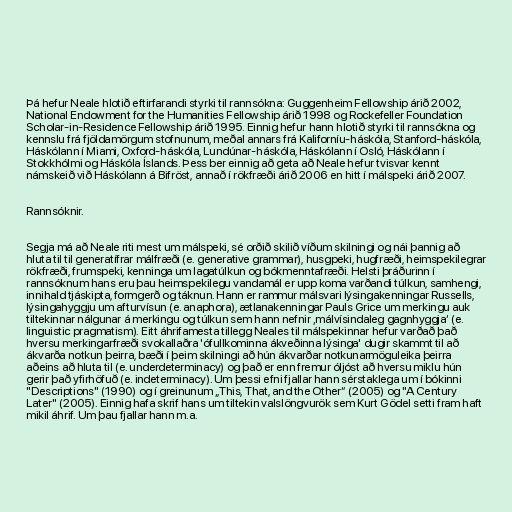
Þá hefur Neale hlotið eftirfarandi styrki til rannsókna: Guggenheim Fellowship árið 2002,
National Endowment for the Humanities Fellowship árið 1998 og Rockefeller Foundation
Scholar-in-Residence Fellowship árið 1995. Einnig hefur hann hlotið styrki til rannsókna og
kennslu frá fjöldamörgum stofnunum, meðal annars frá Kaliforníu-háskóla, Stanford-háskóla,
Háskólann í Miami, Oxford-háskóla, Lundúnar-háskóla, Háskólann í Osló, Háskólann í
Stokkhólmi og Háskóla Íslands. Þess ber einnig að geta að Neale hefur tvisvar kennt
námskeið við Háskólann á Bifröst, annað í rökfræði árið 2006 en hitt í málspeki árið 2007.

Rannsóknir.

Segja má að Neale riti mest um málspeki, sé orðið skilið víðum skilningi og nái þannig að
hluta til til generatífrar málfræði (e. generative grammar), husgpeki, hugfræði, heimspekilegrar
rökfræði, frumspeki, kenninga um lagatúlkun og bókmenntafræði. Helsti þráðurinn í
rannsóknum hans eru þau heimspekilegu vandamál er upp koma varðandi túlkun, samhengi,
innihald tjáskipta, formgerð og táknun. Hann er rammur málsvari lýsingakenningar Russells,
lýsingahyggju um afturvísun (e. anaphora), ætlanakenningar Pauls Grice um merkingu auk
tiltekinnar nálgunar á merkingu og túlkun sem hann nefnir ‚málvísindaleg gagnhyggja‘ (e.
linguistic pragmatism). Eitt áhrifamesta tillegg Neales til málspekinnar hefur varðað það
hversu merkingarfræði svokallaðra 'ófullkominna ákveðinna lýsinga' dugir skammt til að
ákvarða notkun þeirra, bæði í þeim skilningi að hún ákvarðar notkunarmöguleika þeirra
aðeins að hluta til (e. underdeterminacy) og það er enn fremur óljóst að hversu miklu hún
gerir það yfirhöfuð (e. indeterminacy). Um þessi efni fjallar hann sérstaklega um í bókinni
"Descriptions" (1990) og í greinunum „This, That, and the Other“ (2005) og "A Century
Later" (2005). Einnig hafa skrif hans um tiltekin valslöngvurök sem Kurt Gödel setti fram haft
mikil áhrif. Um þau fjallar hann m.a.